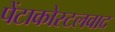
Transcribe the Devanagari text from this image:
पेंटाकोस्टलवाद